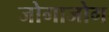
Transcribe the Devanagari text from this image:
जोगाजोग